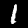
Digit: 1